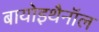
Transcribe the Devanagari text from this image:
बायोइथैनॉल